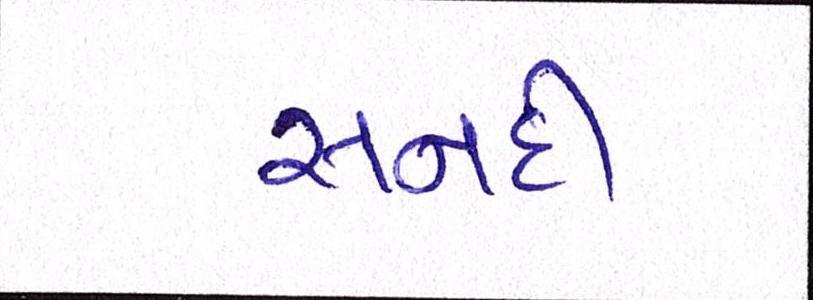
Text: સનદી